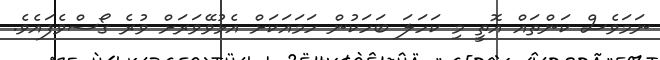
ނަމަވެސް ކަންތައް އޮތީ މި ކަހަލަ ބަހަކުން ހަމައަކަށް އެޅުވޭވަރަށް ވުރެ ގޯސްވެފައެވެ.